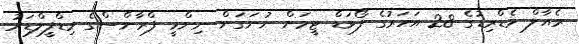
ރެއާލް މެޑްރިޑުގެ 28 އަހަރުގެ ފޯވަޑް ޓީމަށް ނުނަގަން ނިންމީ ފްރާންސްގެ މިޑްފީލްޑަރު